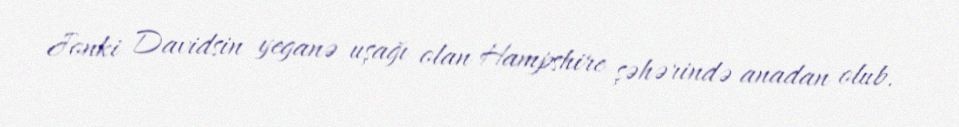
Jonki Davidsin yeganə uşağı olan Hampshire şəhərində anadan olub.